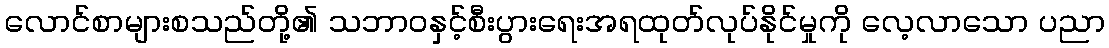
လောင်စာများစသည်တို့၏ သဘာဝနှင့်စီးပွားရေးအရထုတ်လုပ်နိုင်မှုကို လေ့လာသော ပညာ